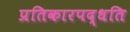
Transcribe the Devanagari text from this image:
प्रतिकारपद्धति